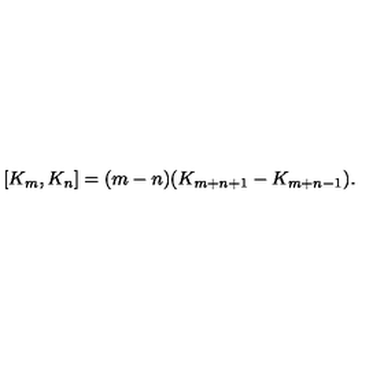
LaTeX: [ K _ { m } , K _ { n } ] = ( m - n ) ( K _ { m + n + 1 } - K _ { m + n - 1 } ) .